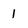
Character: 1